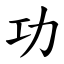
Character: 功